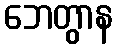
ဘေတွာန